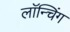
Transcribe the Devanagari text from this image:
लाॅन्चिंग